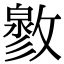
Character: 𢿬